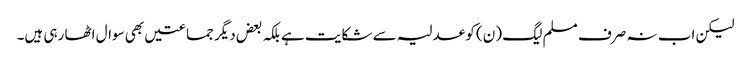
لیکن اب نہ صرف مسلم لیگ (ن) کو عدلیہ سے شکایت ہے بلکہ بعض دیگر جماعتیں بھی سوال اٹھا رہی ہیں۔